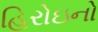
હિરોઇનો